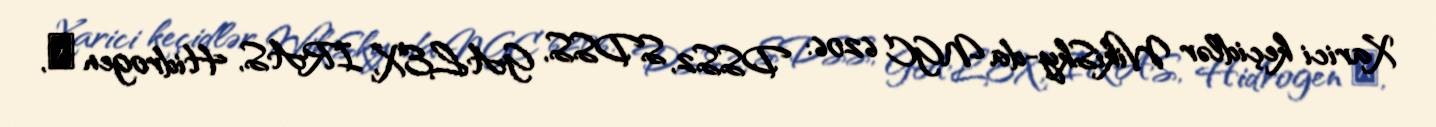
Xarici keçidlər WikiSky-da NGC 6206: DSS2, SDSS, GALEX, IRAS, Hidrogen α,